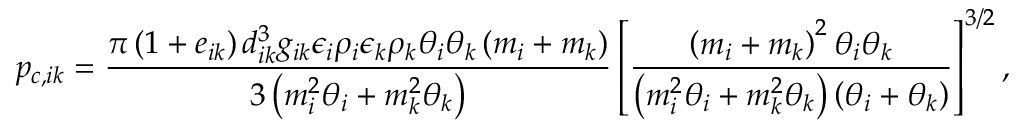
p _ { c , i k } = \frac { \pi \left( 1 + e _ { i k } \right) d _ { i k } ^ { 3 } g _ { i k } \epsilon _ { i } \rho _ { i } \epsilon _ { k } \rho _ { k } \theta _ { i } \theta _ { k } \left( m _ { i } + m _ { k } \right) } { 3 \left( m _ { i } ^ { 2 } \theta _ { i } + m _ { k } ^ { 2 } \theta _ { k } \right) } \left[ \frac { \left( m _ { i } + m _ { k } \right) ^ { 2 } \theta _ { i } \theta _ { k } } { \left( m _ { i } ^ { 2 } \theta _ { i } + m _ { k } ^ { 2 } \theta _ { k } \right) \left( \theta _ { i } + \theta _ { k } \right) } \right] ^ { 3 / 2 } ,